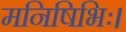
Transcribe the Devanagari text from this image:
मनिषिभिः।